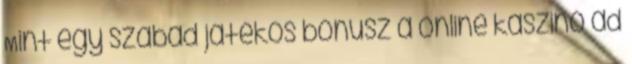
Mint egy szabad játékos bónusz a online kaszinó ad